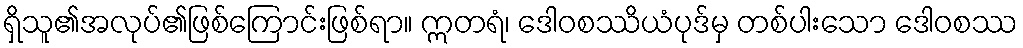
ရှိသူ၏အလုပ်၏ဖြစ်ကြောင်းဖြစ်ရာ။ ဣတရံ၊ ဒေါဝစဿိယံပုဒ်မှ တစ်ပါးသော ဒေါဝစဿ